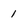
Character: 1